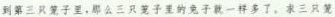
到第三只笼子里，那么三只子里的兔子就一样多了，求三只笼